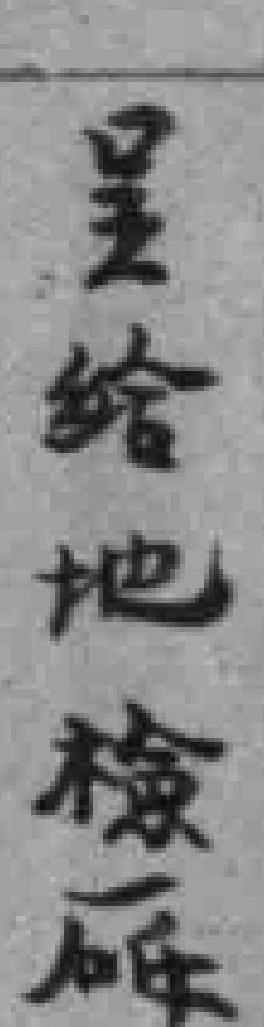
呈给地檢廰